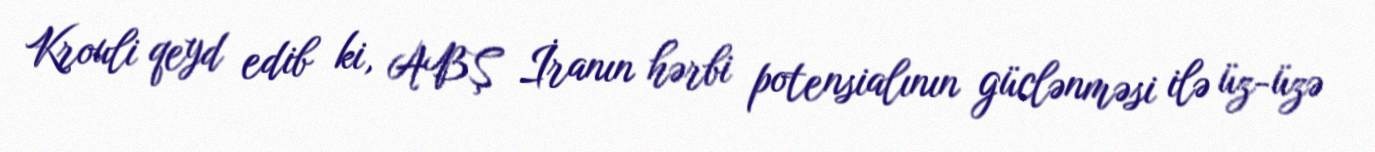
Krouli qeyd edib ki, ABŞ İranın hərbi potensialının güclənməsi ilə üz-üzə